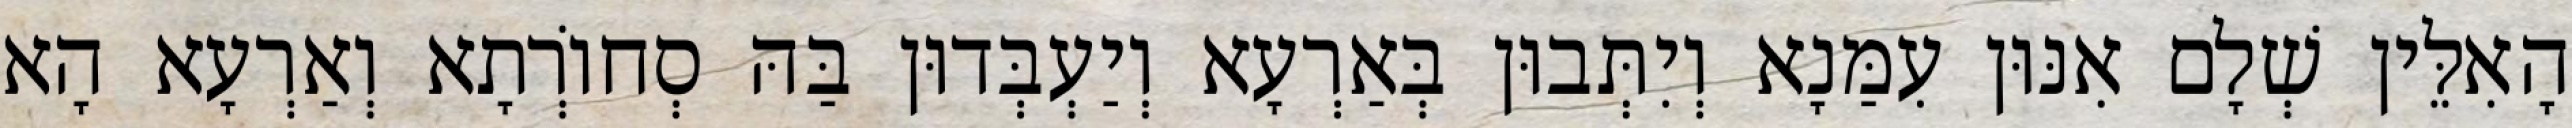
הָאִלֵּין שְׁלָם אִנּוּן עִמַּנָא וְיִתְּבוּן בְּאַרְעָא וְיַעְבְּדוּן בַּהּ סְחוֹרְתָא וְאַרְעָא הָא